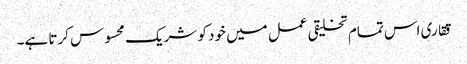
ققاری اس تمام تخلیقی عمل میں خود کو شریک محسوس کرتا ہے۔